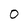
Character: O